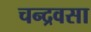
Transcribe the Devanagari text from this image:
चन्द्रवसा